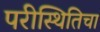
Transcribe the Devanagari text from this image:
परीस्थितिचा